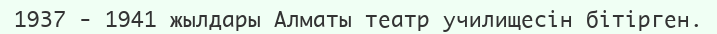
1937 - 1941 жылдары Алматы театр училищесін бітірген.